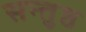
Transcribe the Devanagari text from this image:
सन्तुष्ठ